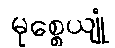
မုစ္စေယျုံ